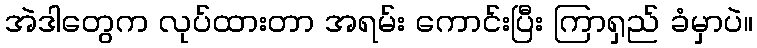
အဲဒါတွေက လုပ်ထားတာ အရမ်း ကောင်းပြီး ကြာရှည် ခံမှာပဲ။